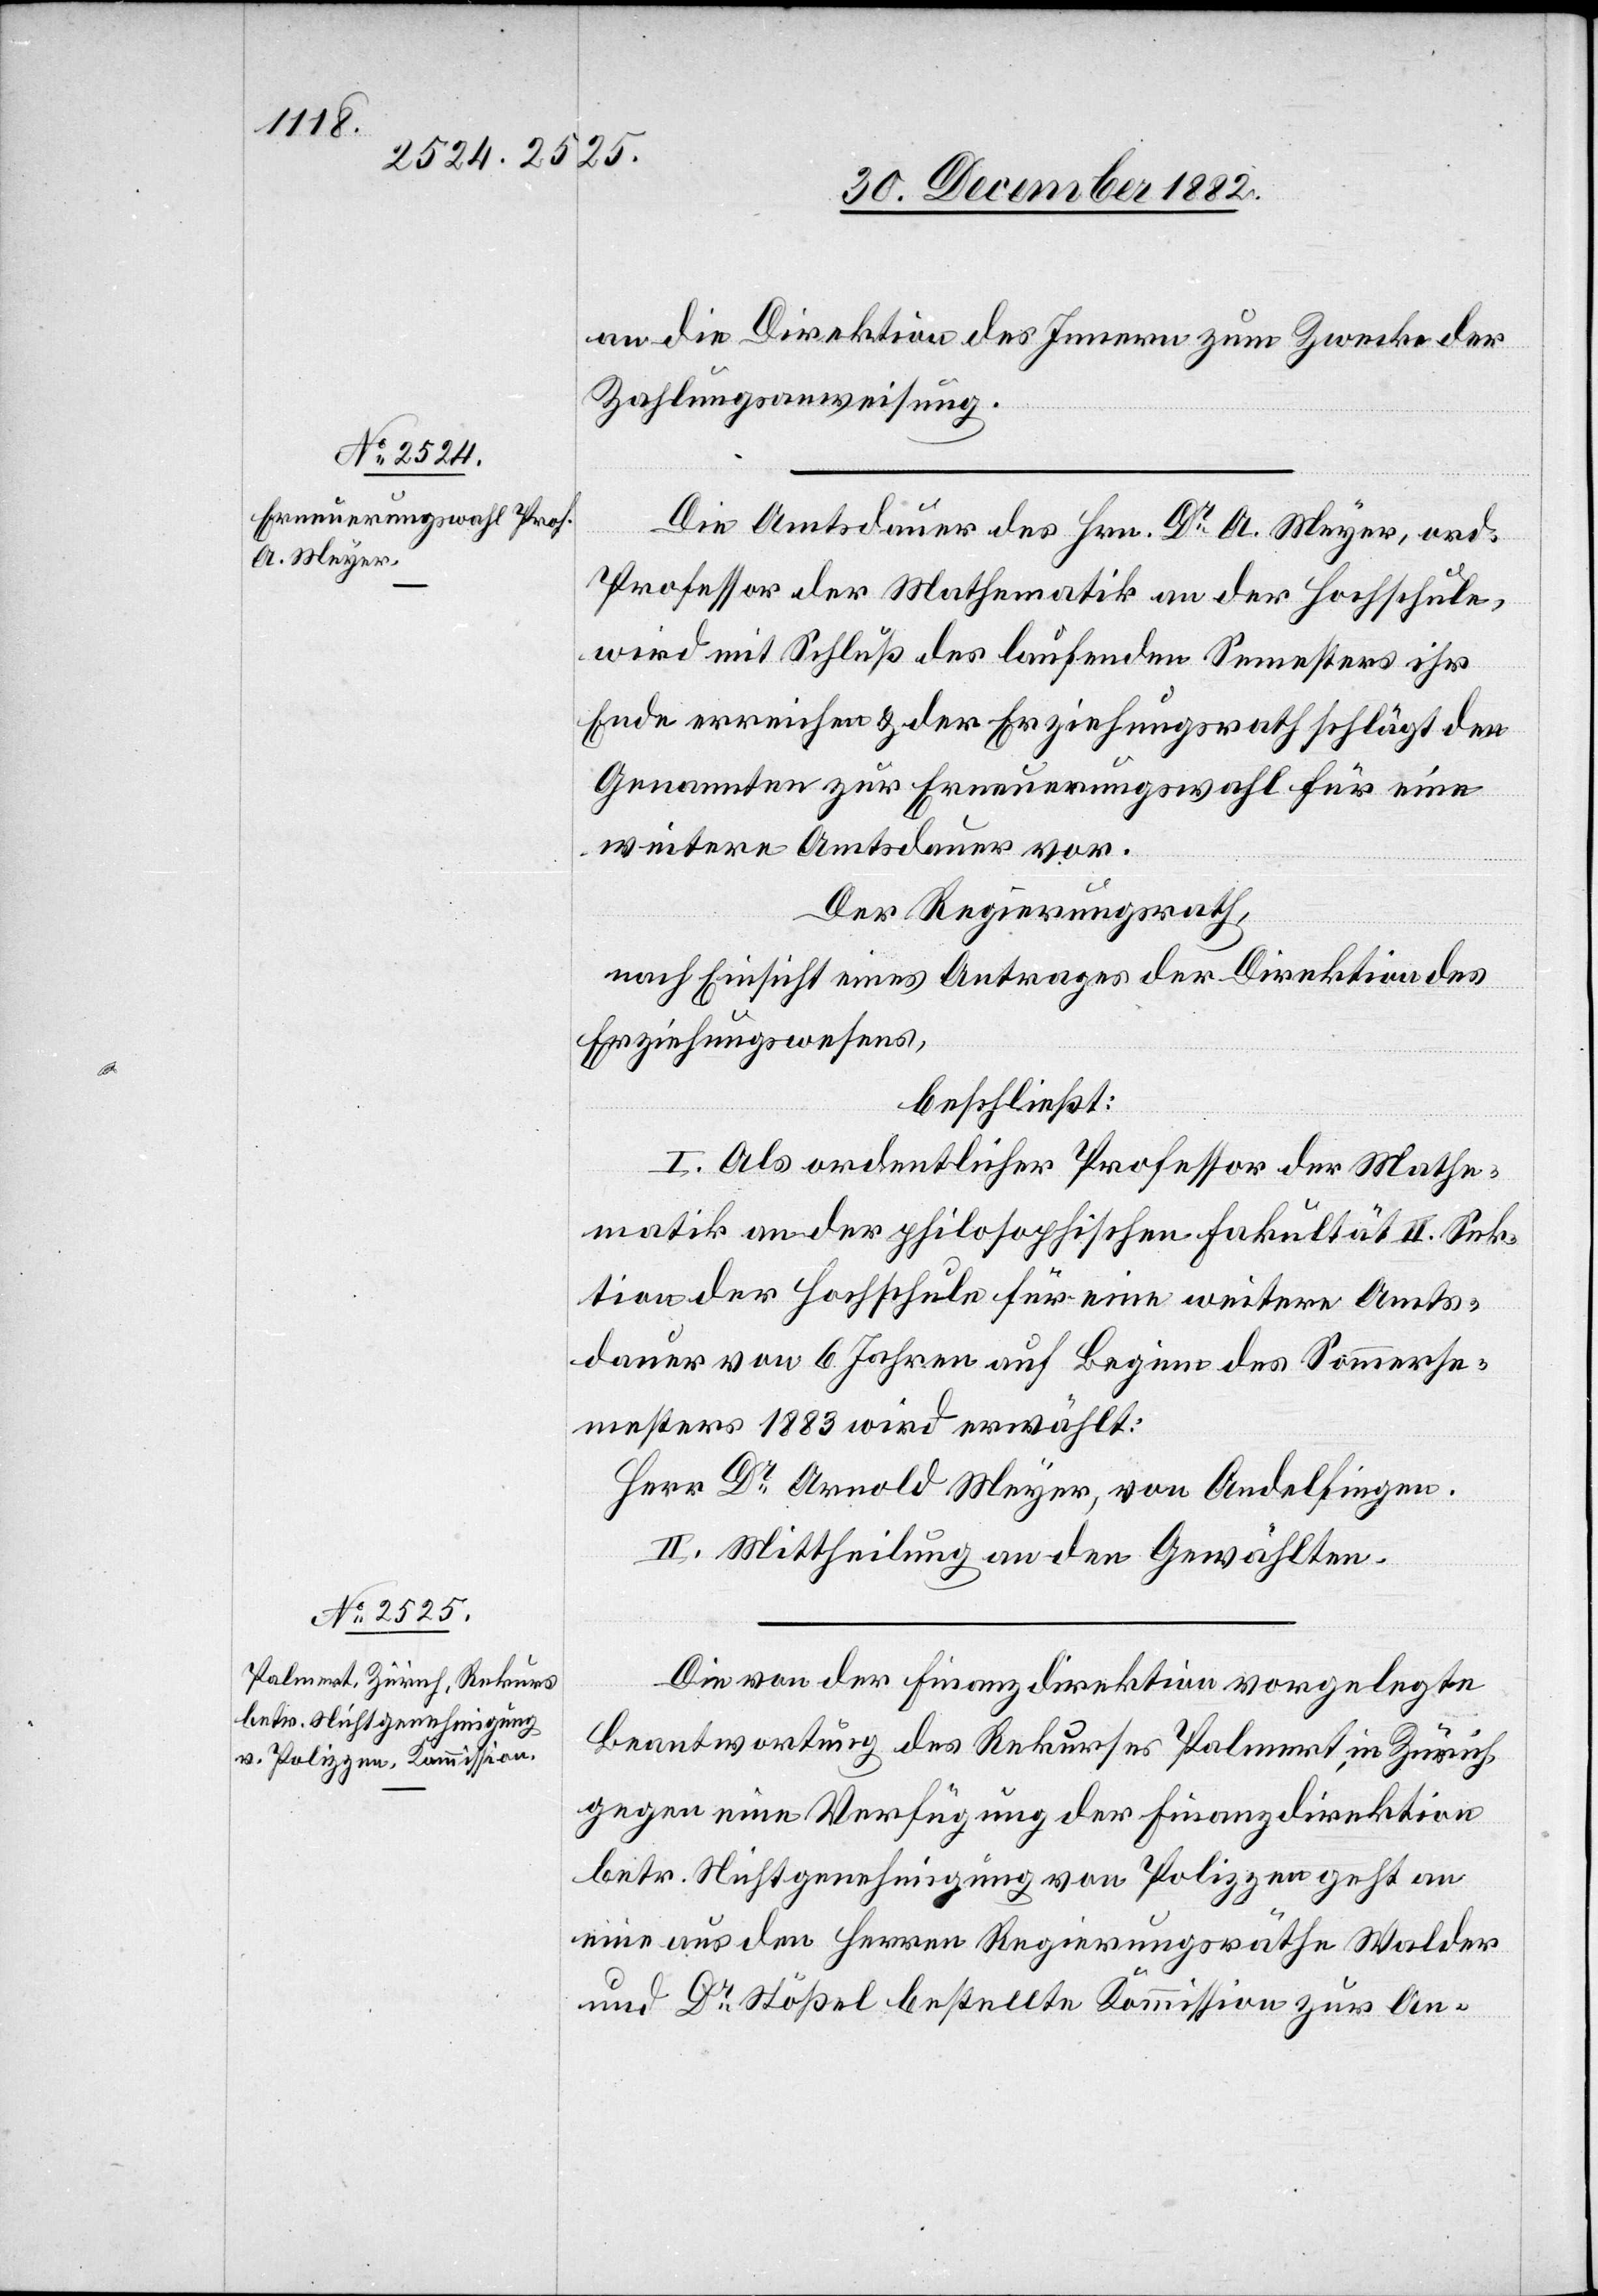
an die Direktion des Innern zum Zwecke der
Zahlungsanweisung.
Die Amtsdauer des Hrn. Dr A. Meyer, ord.
Professor der Mathematik an der Hochschule,
wird mit Schluß des laufenden Semesters ihr
Ende erreichen & der Erziehungsrath schlägt den
Genannten zur Erneuerungswahl für eine
weitere Amtsdauer vor.
Der Regierungsrath,
nach Einsicht eines Antrages der Direktion des
Erziehungswesens,
beschließt:
I. Als ordentlicher Professor der Mathe¬
matik an der philosophischen Fakultät II. Sek¬
tion der Hochschule für eine weitere Amts¬
dauer von 6 Jahren auf Beginn des Sommerse¬
mester 1883 wird erwählt:
Herr Dr Arnold Meyer, von Andelfingen.
II. Mittheilung an den Gewählten.
Die von der Finanzdirektion vorgelegte
Beantwortung des Rekurses Palmert, in Zürich,
gegen eine Verfügung der Finanzdirektion
betr. Nichtgenehmigung von Polizzen geht an
eine aus den Herren Regierungsräthe Walder
und Dr Stößel bestellte Kommission zur An-